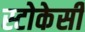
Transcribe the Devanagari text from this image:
स्टोकेसी